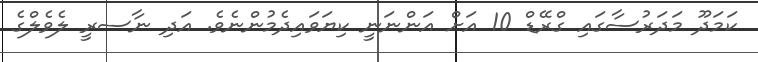
ކަމަދޫ މަދަރުސާގައި ގްރޭޑް 10 އަށް އަންނަނީ ކިޔަވައިދެމުންނެވެ. އަދި ނާސރީ ލެވެލްގެ